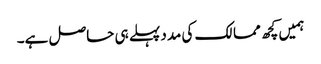
ہمیں کچھ ممالک کی مدد پہلے ہی حاصل ہے۔